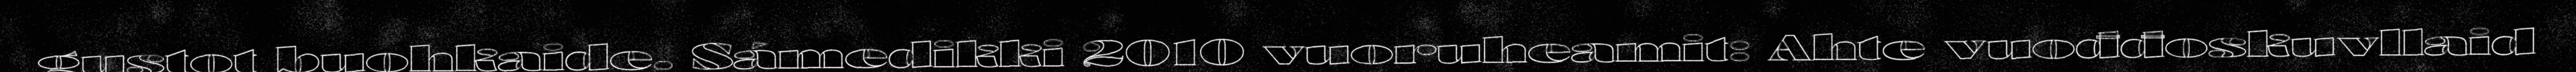
gustot buohkaide. Sámedikki 2010 vuoruheamit: Ahte vuođđoskuvllaid